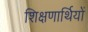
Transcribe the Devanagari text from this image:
शिक्षणार्थियों